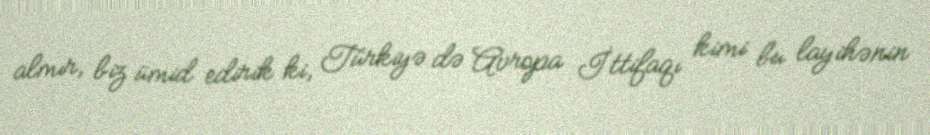
almır, biz ümid edirik ki, Türkiyə də Avropa İttifaqı kimi bu layihənin